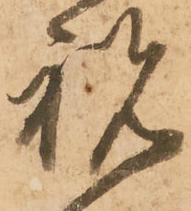
祝